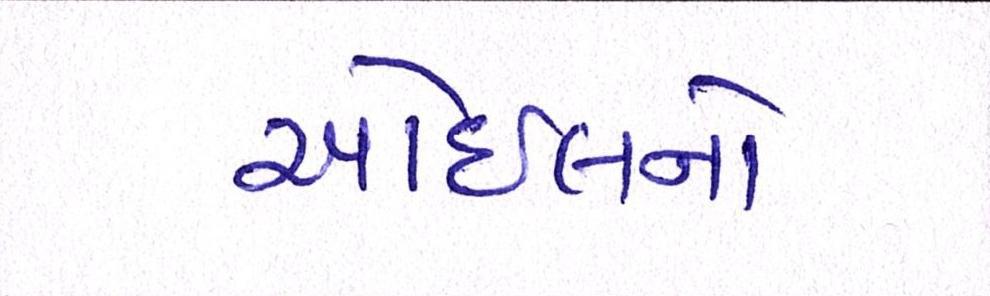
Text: ઓઇલનો